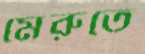
মেরুতে